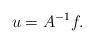
LaTeX: \begin{align*}u=A^{-1}f.\end{align*}